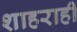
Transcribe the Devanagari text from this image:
शाहराहीं